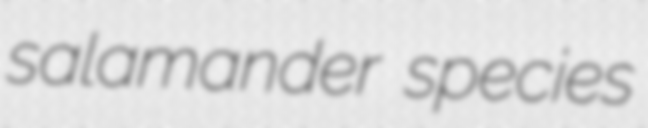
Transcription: salamander species